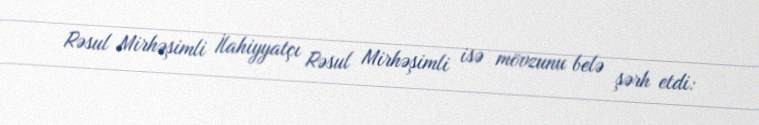
Rəsul Mirhəşimli İlahiyyatçı Rəsul Mirhəşimli isə mövzunu belə şərh etdi: